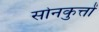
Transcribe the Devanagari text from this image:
सोनकुत्तों